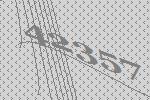
42357